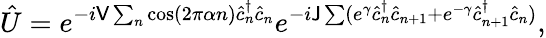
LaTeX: \hat{U}=e^{-i\mathsf{V}\sum_{n}\cos(2\pi\alpha n)\hat{c}_{n}^{\dagger}\hat{c}_{n}}e^{-i\mathsf{J}\sum(e^{\gamma}\hat{c}_{n}^{\dagger}\hat{c}_{n+1}+e^{-\gamma}\hat{c}_{n+1}^{\dagger}\hat{c}_{n})},